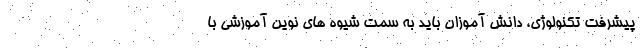
پیشرفت تکنولوژی، دانش آموزان باید به سمت شیوه های نوین آموزشی با